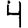
Digit: 4